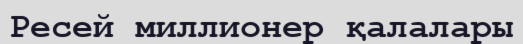
Ресей миллионер қалалары